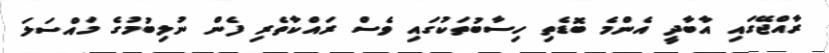
ރާއްޖޭގައި އާބާދީ އެންމެ ބޮޑެތި ހިސާބުތަކުގައި ވެސް ރައްކާތެރި ފެން ނުލިބުމުގެ މައްސަލަ